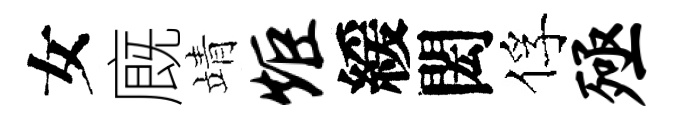
女廐靖炬緩閎俘殛